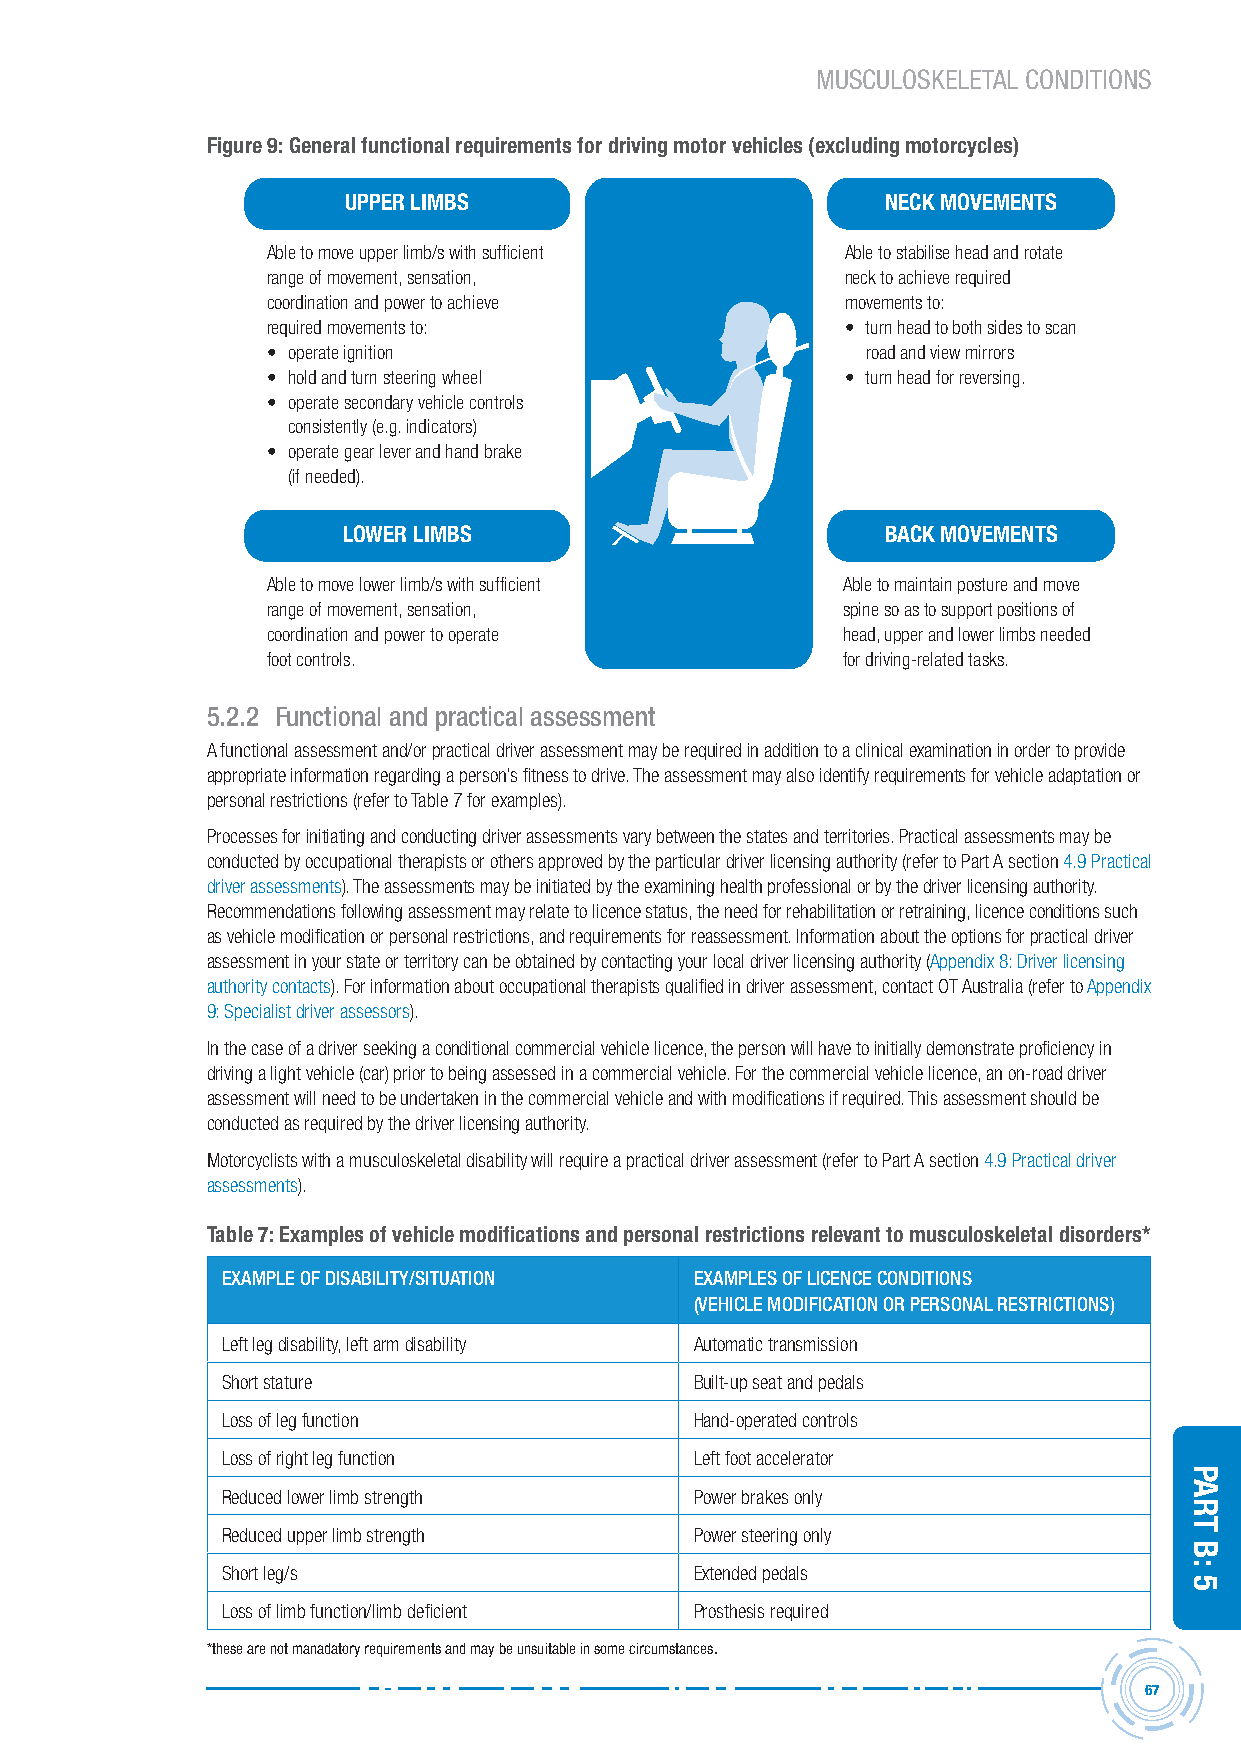
MUSCULOSKELETAL CONDITIONS
 Figure 9: General functional requirements for driving motor vehicles (excluding motorcycles)
 UPPER LIMBS                         NECK MOVEMENTS
 Able to move upper limb/s with sufficient Able to stabilise head and rotate
 range of movement, sensation,         neck to achieve required
 coordination and power to achieve     movements to:
 required movements to:                • turn head to both sides to scan
 • operate ignition                     road and view mirrors
 • hold and turn steering wheel        • turn head for reversing.
 • operate secondary vehicle controls
 consistently (e.g. indicators)
 • operate gear lever and hand brake
 (if needed).
 LOWER LIMBS                         BACK MOVEMENTS
 Able to move lower limb/s with sufficient Able to maintain posture and move
 range of movement, sensation,         spine so as to support positions of
 coordination and power to operate     head, upper and lower limbs needed
 foot controls.                        for driving-related tasks.
 5.2.2 Functional and practical assessment
 A functional assessment and/or practical driver assessment may be required in addition to a clinical examination in order to provide
 appropriate information regarding a person’s fitness to drive. The assessment may also identify requirements for vehicle adaptation or
 personal restrictions (refer to Table 7 for examples).
 Processes for initiating and conducting driver assessments vary between the states and territories. Practical assessments may be
 conducted by occupational therapists or others approved by the particular driver licensing authority (refer to Part A section 4.9 Practical
 driver assessments). The assessments may be initiated by the examining health professional or by the driver licensing authority.
 Recommendations following assessment may relate to licence status, the need for rehabilitation or retraining, licence conditions such
 as vehicle modification or personal restrictions, and requirements for reassessment. Information about the options for practical driver
 assessment in your state or territory can be obtained by contacting your local driver licensing authority (Appendix 8: Driver licensing
 authority contacts). For information about occupational therapists qualified in driver assessment, contact OT Australia (refer to Appendix
 9: Specialist driver assessors).
 In the case of a driver seeking a conditional commercial vehicle licence, the person will have to initially demonstrate proficiency in
 driving a light vehicle (car) prior to being assessed in a commercial vehicle. For the commercial vehicle licence, an on-road driver
 assessment will need to be undertaken in the commercial vehicle and with modifications if required. This assessment should be
 conducted as required by the driver licensing authority.
 Motorcyclists with a musculoskeletal disability will require a practical driver assessment (refer to Part A section 4.9 Practical driver
 assessments).
 Table 7: Examples of vehicle modifications and personal restrictions relevant to musculoskeletal disorders*
 eXAMPLe oF DisABiLitY/sitUAtion eXAMPLes oF Licence conDitions
 (vehicLe MoDiFicAtion or PersonAL restrictions)
 Left leg disability, left arm disability Automatic transmission
 Short stature                  Built-up seat and pedals
 Loss of leg function           Hand-operated controls
 Loss of right leg function     Left foot accelerator
 Reduced lower limb strength    Power brakes only
 Reduced upper limb strength    Power steering only
 Short leg/s                    Extended pedals
 Loss of limb function/limb deficient Prosthesis required
 *these are not manadatory requirements and may be unsuitable in some circumstances.
 67
 Part
 B:
 5